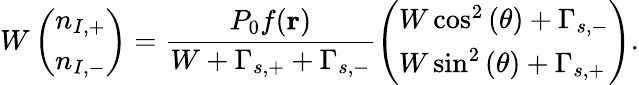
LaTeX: W\left(\begin{array}{l}{n_{I,+}}\\ {n_{I,-}}\end{array}\right)=\frac{P_{0}f(\mathbf{r})}{W+\Gamma_{s,+}+\Gamma_{s,-}}\left(\begin{array}{l}{W\cos^{2}{(\theta)}+\Gamma_{s,-}}\\ {W\sin^{2}{(\theta)}+\Gamma_{s,+}}\end{array}\right).